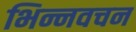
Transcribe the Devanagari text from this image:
भिन्नवचन